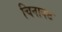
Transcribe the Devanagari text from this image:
चिनावट